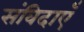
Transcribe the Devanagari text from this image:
संविदाएँ